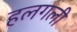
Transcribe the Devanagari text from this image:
हलगली